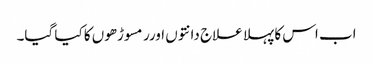
اب اس کا پہلا علاج دانتوں اورر مسوڑھوں کا کیا گیا۔